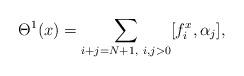
LaTeX: \begin{align*}\Theta^1(x)=\sum_{i+j=N+1,~i,j>0}[f_i^x,\alpha_j],\end{align*}